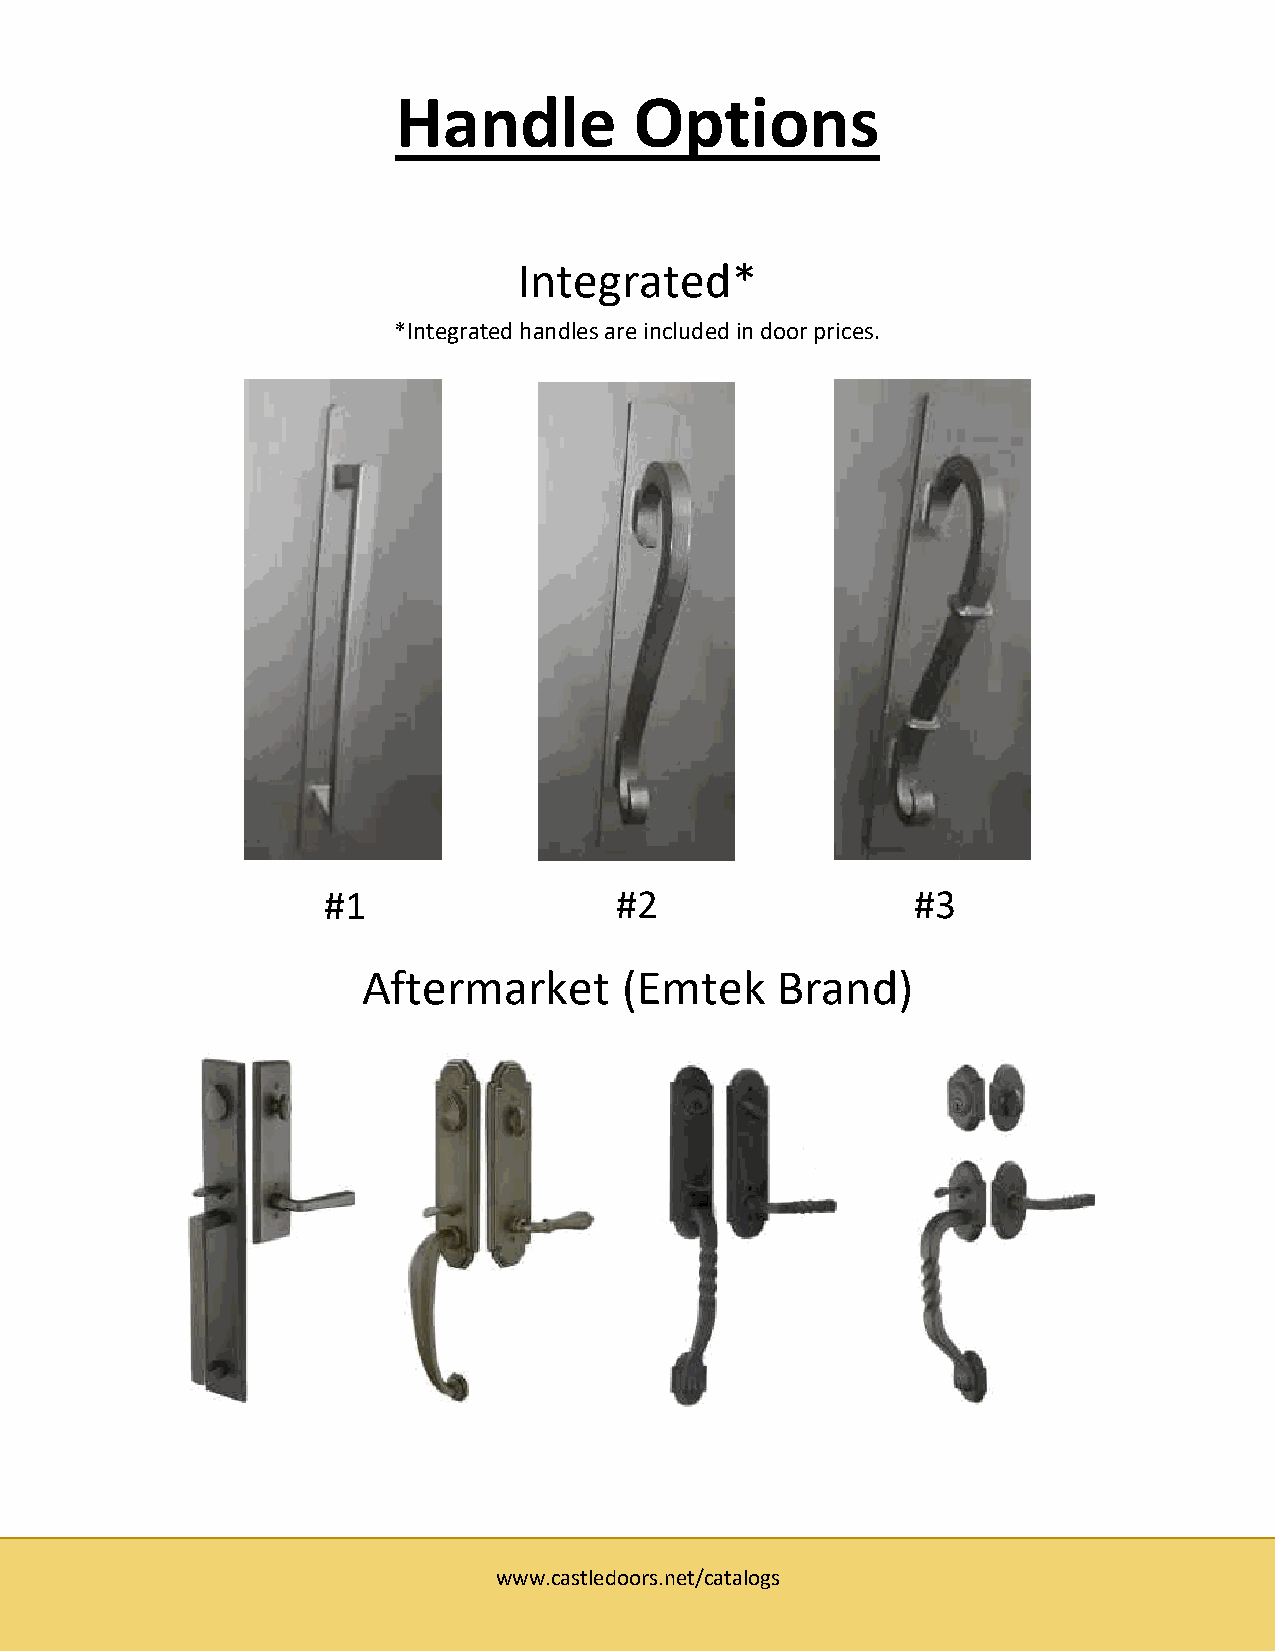
Handle          Options
 Integrated*
 *Integrated handles are included in door prices.
 #1                  #2                  #3
 Aftermarket      (Emtek    Brand)
 www.castledoors.net/catalogs